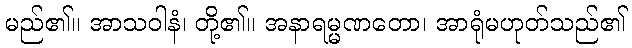
မည်၏။ အာသဝါနံ၊ တို့၏။ အနာရမ္မဏတော၊ အာရုံမဟုတ်သည်၏